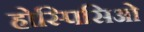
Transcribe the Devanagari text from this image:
होस्पिसिओ